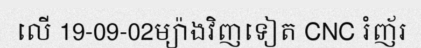
លើ 19-09-02ម្យ៉ាងវិញទៀត CNC រំញ័រ